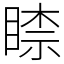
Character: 𥈡